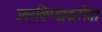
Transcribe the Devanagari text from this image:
उतरविण्याकरीता